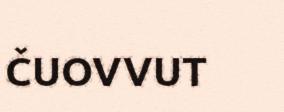
ČUOVVUT